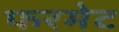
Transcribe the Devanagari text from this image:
फरमेट